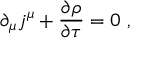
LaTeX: \partial _ { \mu } j ^ { \mu } + \frac { \partial \rho } { \partial \tau } = 0 \ ,